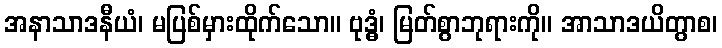
အနာသာဒနီယံ၊ မပြစ်မှားထိုက်သော။ ဗုဒ္ဓံ၊ မြတ်စွာဘုရားကို။ အာသာဒယိတွာစ၊